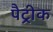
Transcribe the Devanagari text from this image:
पैट्रीक